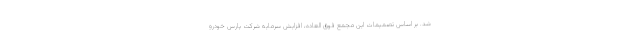
شد. بر اساس تصمیمات این مجمع فوق العاده، افزایش سرمایه شرکت پارس خودرو